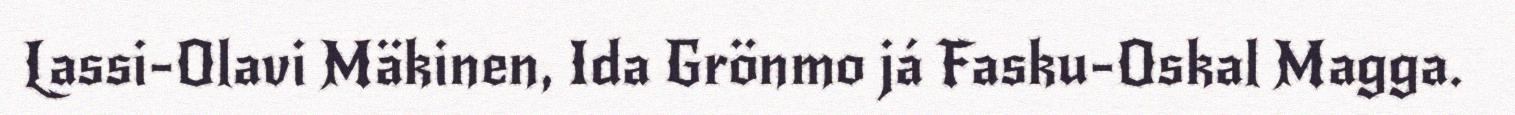
Lassi-Olavi Mäkinen, Ida Grönmo já Fasku-Oskal Magga.